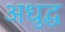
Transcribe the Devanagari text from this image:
अधुद्ध